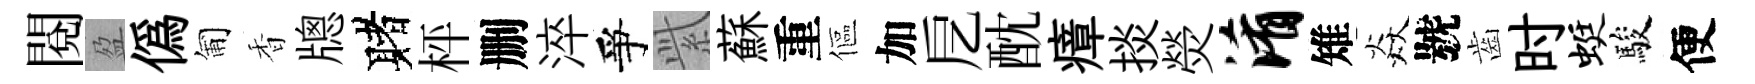
閱盈偽匍香牕赌枰删淬爭𬗋蘇重傴加戹酖瘴掞熒淆雉焱號齒时蜓駿便